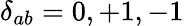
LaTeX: \delta_{ab}=0,+1,-1